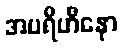
အပရိဟီနော